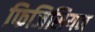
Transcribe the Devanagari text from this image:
फिजिसियन